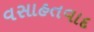
વસાહતવાદ